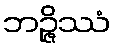
ဘဉ္ဇိဿံ